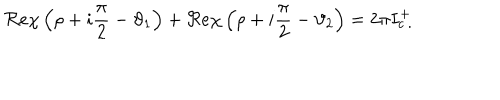
LaTeX: \Re e \chi \left( \rho + i \displaystyle \frac { \pi } { 2 } - \vartheta _ { 1 } \right) + \Re e \chi \left( \rho + i \displaystyle \frac { \pi } { 2 } - \vartheta _ { 2 } \right) = 2 \pi I _ { c \: . } ^ { + }